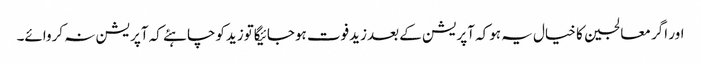
اور اگر معالجین کا خیال یہ ہوکہ آپریشن کے بعدزیدفوت ہوجائیگاتوزیدکوچاہئے کہ آپریشن نہ کروائے۔